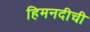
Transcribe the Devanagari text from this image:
हिमनदीची